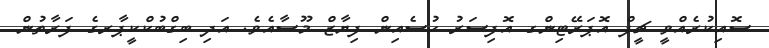
ސޮއިކުރެއްވީ ޗީފް އޮޕަރޭޓިންގ އޮފިސަރު ހުސެއިން ފިޔާޒް މޫސާއެވެ. އަދި ބިގްބުކްކީޕާރގެ ފަރާތުން